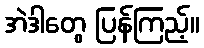
အဲဒါတွေ ပြန်ကြည့်။